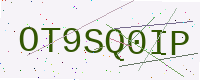
Text: OT9SQ0IP